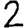
Digit: 2